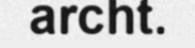
archt.